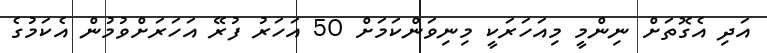
އަދި އެގޮތަށް ނިންމީ މިއަހަރަކީ މިނިވަންކަމަށް 50 އަހަރު ފުރޭ އަހަރަށްވުމުން އެކަމުގެ